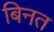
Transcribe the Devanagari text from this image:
बिनत